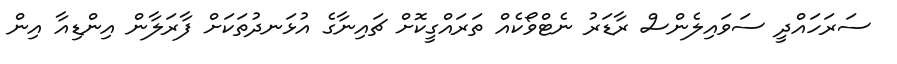
ސަރަހައްދީ ސަވައިލެންސް ރާޑަރު ނެޓްވޯކެއް ތަރައްގީކޮށް ޗައިނާގެ އުޅަނދުތަކަށް ފާރަލާން އިންޑިއާ އިން